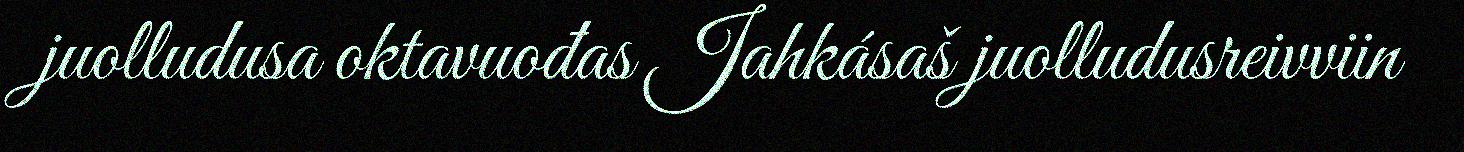
juolludusa oktavuođas Jahkásaš juolludusreivviin